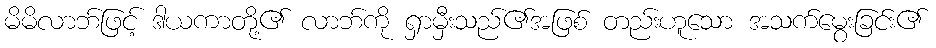
မိမိလာဘ်ဖြင့် ဒါယကာတို့၏ လာဘ်ကို ရှာမှီးသည်၏အဖြစ် တည်းဟူသော အသက်မွေးခြင်း၏